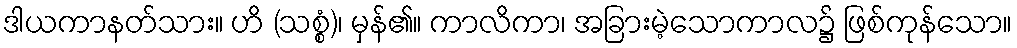
ဒါယကာနတ်သား။ ဟိ (သစ္စံ)၊ မှန်၏။ ကာလိကာ၊ အခြားမဲ့သောကာလ၌ ဖြစ်ကုန်သော။